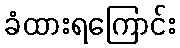
ခံထားရကြောင်း